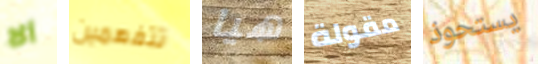
ألا تتفهمين هيا مقولة يستحوذ